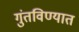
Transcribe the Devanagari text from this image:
गुंतविण्यात